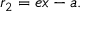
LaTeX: r _ { 2 } = e x - a . \,